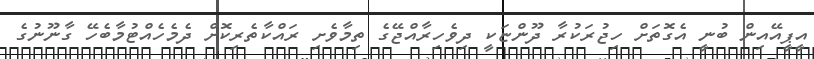
އީޕީއޭއިން ބުނީ އެގޮތަށް ހިޖުރަކުރާ ދޫންޏަކީ ދިވެހިރާއްޖޭގެ ތިމާވެށި ރައްކާތެރިކޮށް ދެމެހެއްޓުމާބެހޭ ގާނޫނުގެ